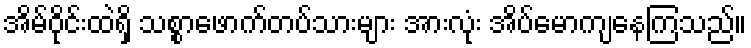
အိမ်ဝိုင်းထဲရှိ သစ္စာဖောက်တပ်သားများ အားလုံး အိပ်မောကျနေကြသည်။